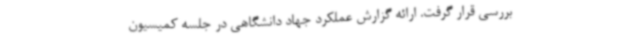
بررسی قرار گرفت. ارائه گزارش عملکرد جهاد دانشگاهی در جلسه کمیسیون